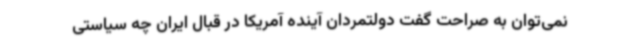
نمی‌توان به صراحت گفت دولتمردان آینده آمریکا در قبال ایران چه سیاستی